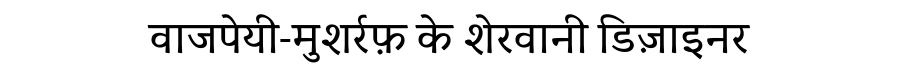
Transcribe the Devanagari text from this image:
वाजपेयी-मुशर्रफ़ के शेरवानी डिज़ाइनर